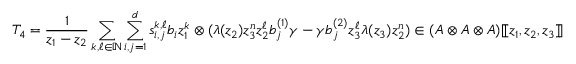
T _ { 4 } = \frac { 1 } { z _ { 1 } - z _ { 2 } } \sum _ { k , \ell \in \mathbb { N } } \sum _ { i , j = 1 } ^ { d } s _ { i , j } ^ { k , \ell } b _ { i } z _ { 1 } ^ { k } \otimes ( \lambda ( z _ { 2 } ) z _ { 3 } ^ { n } z _ { 2 } ^ { \ell } b _ { j } ^ { ( 1 ) } \gamma - \gamma b _ { j } ^ { ( 2 ) } z _ { 3 } ^ { \ell } \lambda ( z _ { 3 } ) z _ { 2 } ^ { n } ) \in ( A \otimes A \otimes A ) [ \! [ z _ { 1 } , z _ { 2 } , z _ { 3 } ] \! ]